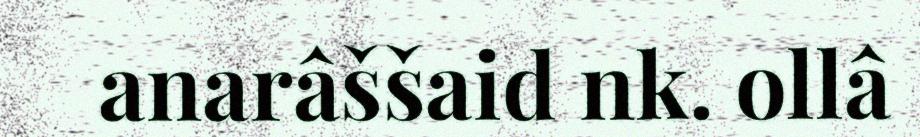
anarâššaid nk. ollâ